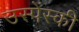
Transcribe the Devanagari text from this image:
उस्पेंस्की